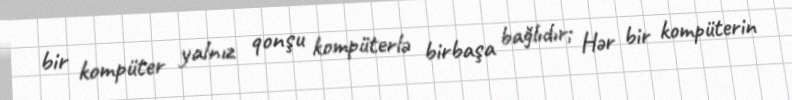
bir kompüter yalnız qonşu kompüterlə birbaşa bağlıdır; Hər bir kompüterin